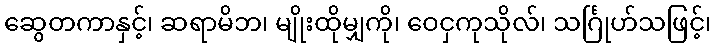
ဆွေတကာနှင့်၊ ဆရာမိဘ၊ မျိုးထိုမျှကို၊ ဝေငှကုသိုလ်၊ သင်္ဂြုဟ်သဖြင့်၊